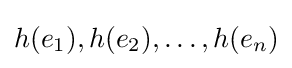
h(e_{1}),h(e_{2}),\ldots ,h(e_{n})